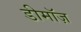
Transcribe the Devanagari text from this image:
डीमॉज़